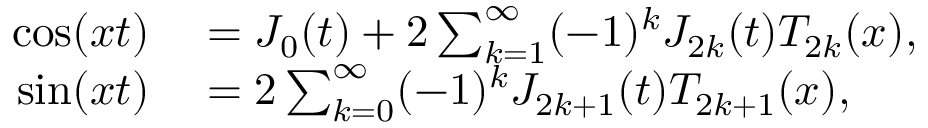
\begin{array} { r l } { \cos ( x t ) } & { { } = J _ { 0 } ( t ) + 2 \sum _ { k = 1 } ^ { \infty } ( - 1 ) ^ { k } J _ { 2 k } ( t ) T _ { 2 k } ( x ) , } \\ { \sin ( x t ) } & { { } = 2 \sum _ { k = 0 } ^ { \infty } ( - 1 ) ^ { k } J _ { 2 k + 1 } ( t ) T _ { 2 k + 1 } ( x ) , } \end{array}